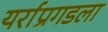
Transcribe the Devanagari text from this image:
यर्राप्रगडला